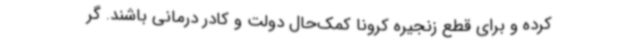
کرده و برای قطع زنجیره کرونا کمک‌حال دولت و کادر درمانی باشند. گر